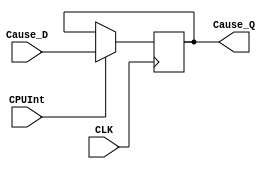
`timescale 1ns / 1ps

module Cause(
  input [31:0] Cause_D,
  input CLK,
  input CPUInt,
  output reg [31:0] Cause_Q
    );
  always @ (negedge CLK)
    begin
      if(CPUInt==1) Cause_Q=Cause_D;
    end
endmodule